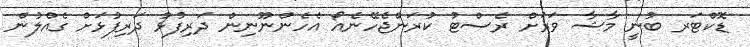
ޑޮކްޓަރ ބުނީ މާޝާ ވަރަށް ރެސްޓު ކުރަންޖެހޭނެއޯ އެހެންނޫނިން ދަރިފުޅު ދަރިފުޅަށް ގެއްލުން